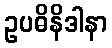
ဥပဓိနိဒါနာ